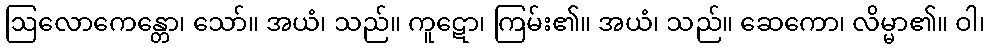
ဩလောကေန္တော၊ သော်။ အယံ၊ သည်။ ကူဋော၊ ကြမ်း၏။ အယံ၊ သည်။ ဆေကော၊ လိမ္မာ၏။ ဝါ၊